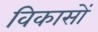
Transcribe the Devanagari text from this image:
विकासों